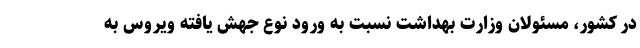
در کشور، مسئولان وزارت بهداشت نسبت به ورود نوع جهش یافته ویروس به